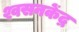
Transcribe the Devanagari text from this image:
श्वसनकेंद्र